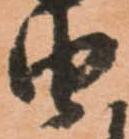
由